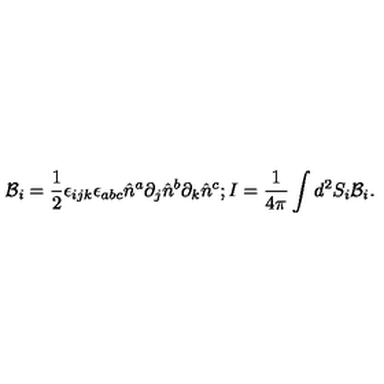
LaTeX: { \mathcal { B } } _ { i } = \frac { 1 } { 2 } \epsilon _ { i j k } \epsilon _ { a b c } \hat { n } ^ { a } \partial _ { j } \hat { n } ^ { b } \partial _ { k } \hat { n } ^ { c } ; I = \frac { 1 } { 4 \pi } \int d ^ { 2 } S _ { i } { \mathcal { B } } _ { i } .